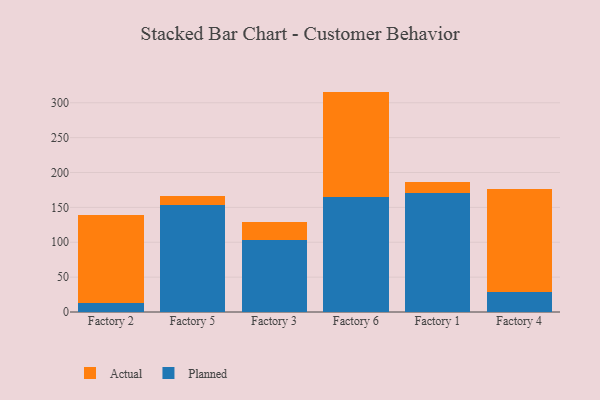
{"axis": {"x": "Factory", "y": "Bounce Rate (%)"}, "legend": ["Actual", "Planned"], "data": [{"x": "Factory 2", "y": 12.2, "type": "Planned"}, {"x": "Factory 2", "y": 126.3, "type": "Actual"}, {"x": "Factory 5", "y": 153.8, "type": "Planned"}, {"x": "Factory 5", "y": 13.1, "type": "Actual"}, {"x": "Factory 3", "y": 103.8, "type": "Planned"}, {"x": "Factory 3", "y": 25.3, "type": "Actual"}, {"x": "Factory 6", "y": 164.5, "type": "Planned"}, {"x": "Factory 6", "y": 151.5, "type": "Actual"}, {"x": "Factory 1", "y": 171.3, "type": "Planned"}, {"x": "Factory 1", "y": 14.4, "type": "Actual"}, {"x": "Factory 4", "y": 28.3, "type": "Planned"}, {"x": "Factory 4", "y": 148.6, "type": "Actual"}]}